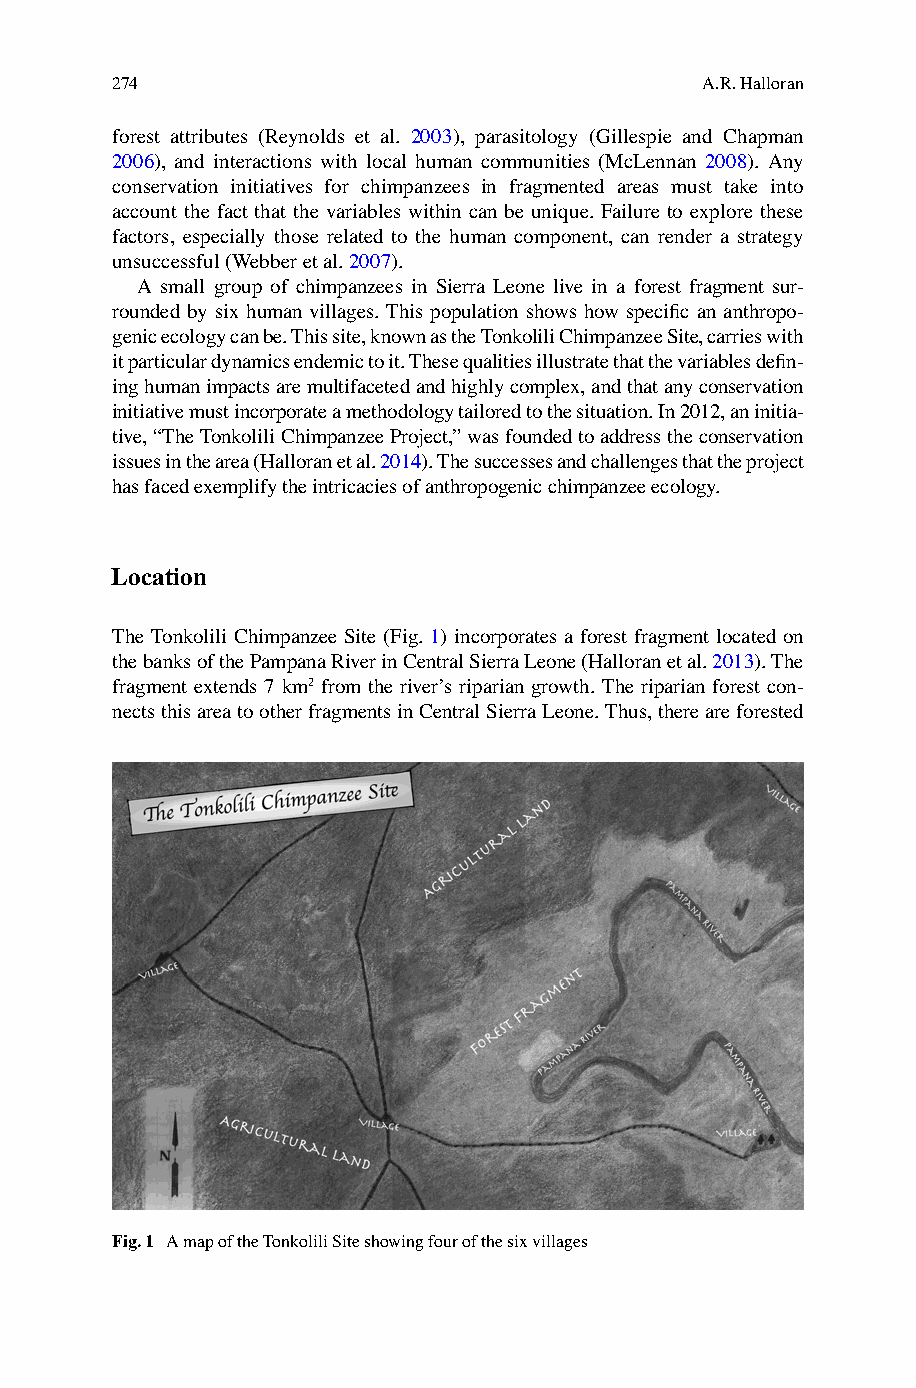
274                                    A.R. Halloran
 forest attributes (Reynolds et al. 2 003 ), parasitology (Gillespie and Chapman
 2 006) , and interactions with local human communities (McLennan 2 008 ). Any
 conservation initiatives for chimpanzees in fragmented areas must take into
 account the fact that the variables within can be unique. Failure to explore these
 factors, especially those related to the human component, can render a strategy
 unsuccessful (Webber et al. 2007 ).
 A small group of chimpanzees in Sierra Leone live in a forest fragment sur-
 rounded by six human villages. This population shows how specifi c an anthropo-
 genic ecology can be. This site, known as the T onkolili Chimpanzee Site, carries with
 it particular dynamics endemic to it. These qualities illustrate that the variables defi n-
 ing human impacts are multifaceted and highly complex, and that any conservation
 initiative must incorporate a methodology tailored to the situation. In 2012, an initia-
 tive, “The T onkolili Chimpanzee Project, ” was founded to address the conservation
 issues in the area (Halloran et al. 2 014) . The successes and challenges that the project
 has faced exemplify the intricacies of anthropogenic chimpanzee ecology.
 Location
 T he Tonkolili Chimpanzee Site (Fig. 1 ) incorporates a forest fragment located on
 the banks of the Pampana River in Central Sierra Leone (Halloran et al. 2013 ). The
 fragment extends 7 km2 from the river’s riparian growth. The riparian forest con-
 nects this area to other fragments in Central Sierra Leone. Thus, there are forested
 Fig. 1 A map of the Tonkolili Site showing four of the six villages